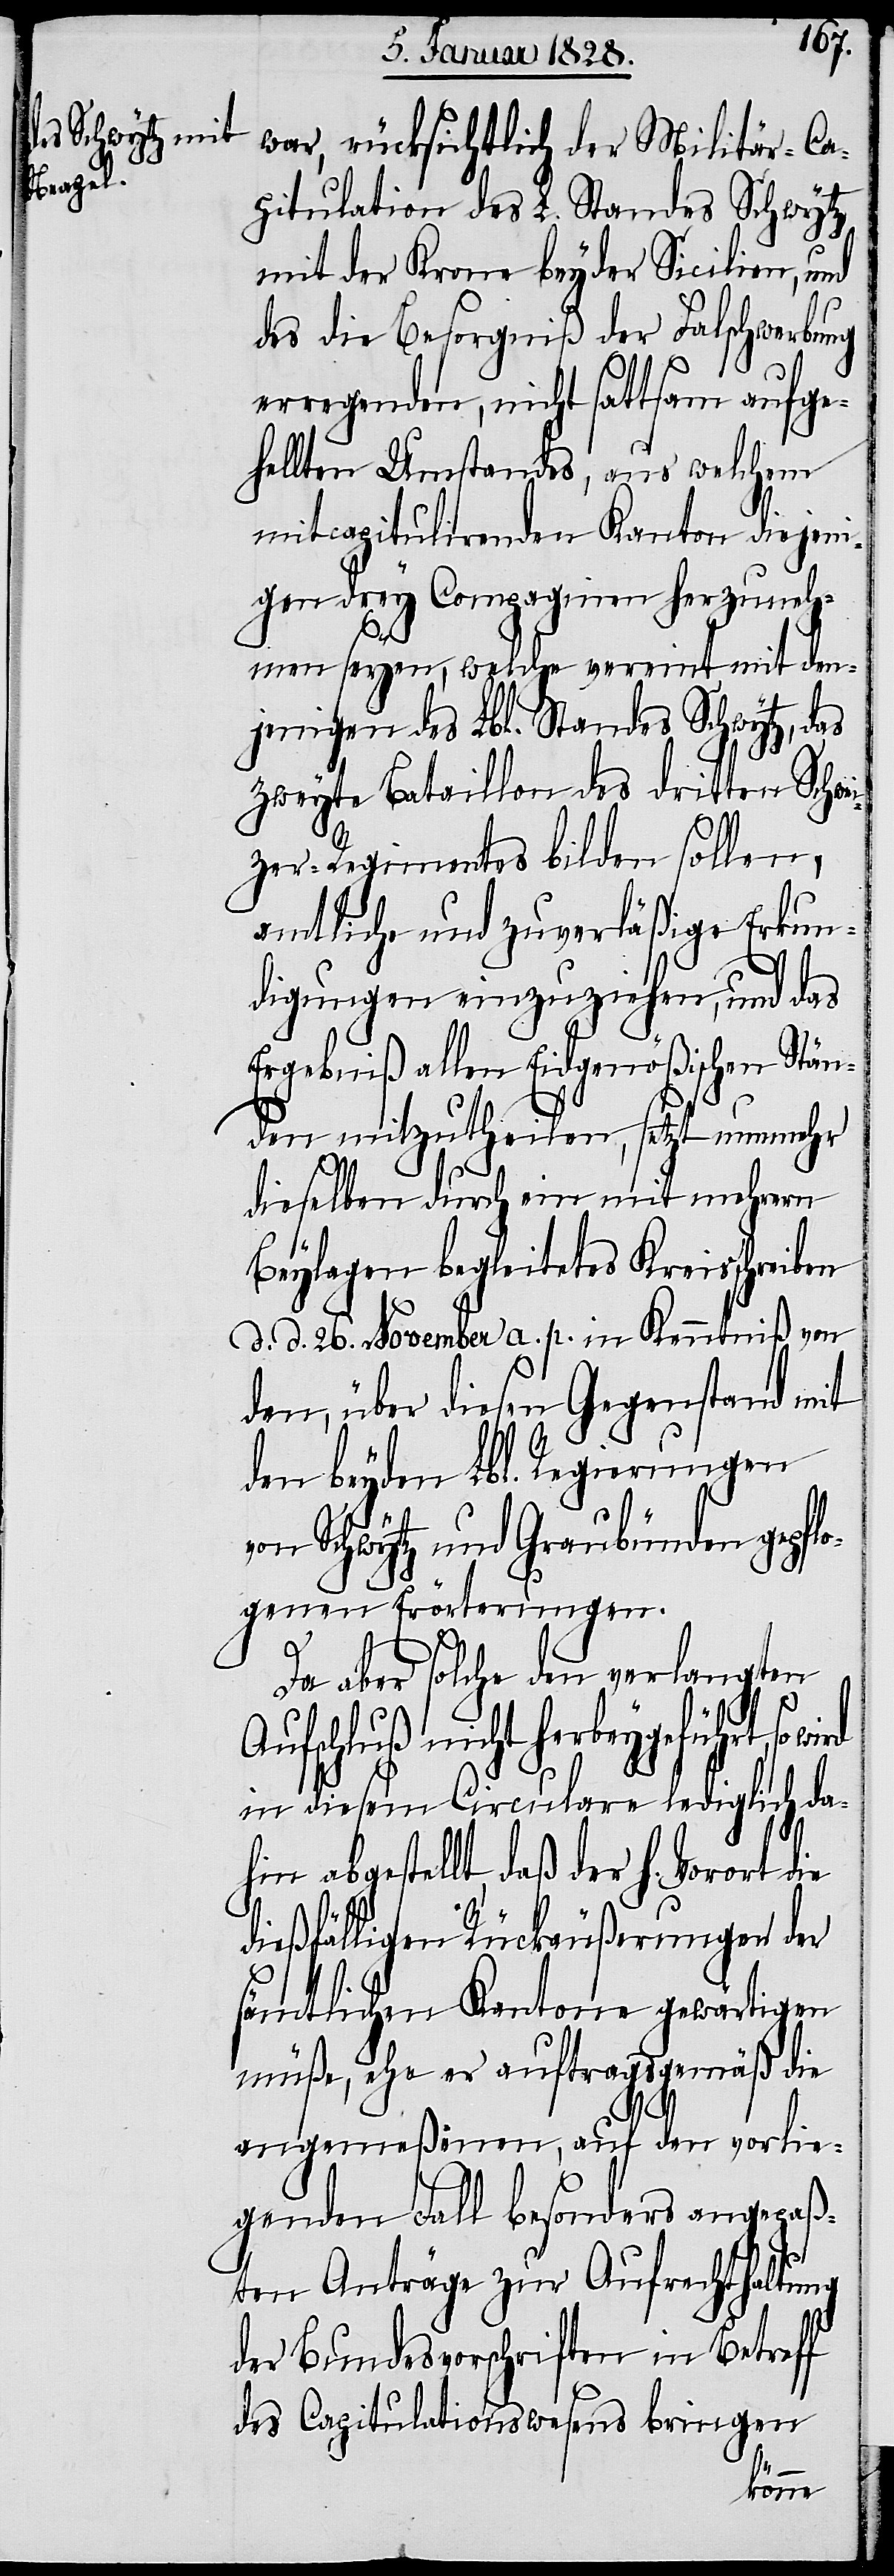
war, rücksichtlich der Militär-Ca¬
pitulation des L. Standes Schwytz
mit der Krone beyder Sicilien, und
des die Besorgniß der Falschwerbung
erregenden, nicht sattsam aufge¬
hellten Umstands, aus welchem
mitcapitulirenden Kanton diejeni¬
gen drey Compagnien herzuneh¬
men seyen, welche vereint mit den¬
jenigen des Lbl. Standes Schwytz, das
zweyte Bataillon des dritten Schwei¬
zer-Regiments bilden sollen,
amtliche und zuverläßige Erkun¬
digungen einzuziehen, und das
Ergebniß allen Eidgenößischen Stän¬
den mitzutheilen, setzt nunmehr
dieß¬
dieselben durch ein mit mehrern
Beylagen begleitetes Kreisschreiben
d. d. 26. November a. p. in Kenntniß von
den, über diesen Gegenstand mit
den beyden Regierungen
von Schwytz und Graubünden gepflo¬
genen Erörterungen.
Da aber solche den verlangten
schluß nicht herbeygeführt, so
in diesem Circulare lediglich dah¬
in abgestellt, daß der Vorort die
fälligen Kantone gewärtigen
müße, ehe er auftragsgemäß die
angemeßenen, auf den vorlie¬
genden Fall besonders angepaß¬
ten Anträge zur Aufrechthaltung
der Bundesvorschriften in Betreff
des Capitulationswesens bringen